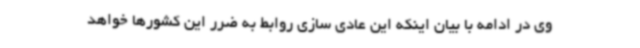
وی در ادامه با بیان اینکه این عادی سازی روابط به ضرر این کشورها خواهد